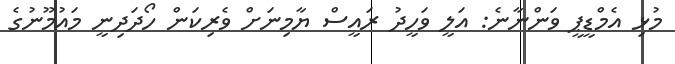
މުޅި އެމްޑީޕީ ވަންނާނެ: އަލީ ވަހީދު ރައީސް ޔާމިނަށް ވެރިކަން ހޯދަދިނީ މައުމޫނުގެ